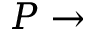
P \rightarrow